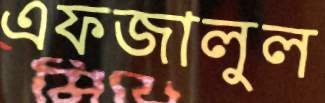
এফজালুল